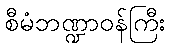
စီမံဘဏ္ဍာဝန်ကြီး